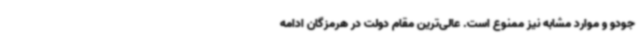
جودو و موارد مشابه نیز ممنوع است. عالی‌ترین مقام دولت در هرمزگان ادامه